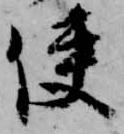
使